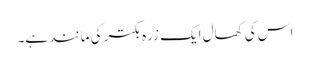
اس کی کھال ایک زرہ بکتر کی مانند ہے۔